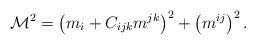
LaTeX: \begin{align*}\mathcal{M}^2= \left(m_i+ C_{ijk} m^{jk}\right)^2 +\left(m^{ij}\right)^2 .\end{align*}